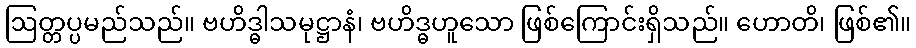
ဩတ္တပ္ပမည်သည်။ ဗဟိဒ္ဓါသမုဋ္ဌာနံ၊ ဗဟိဒ္ဓဟူသော ဖြစ်ကြောင်းရှိသည်။ ဟောတိ၊ ဖြစ်၏။